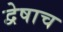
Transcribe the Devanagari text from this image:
द्वेषाच